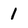
Character: 1